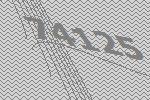
74125